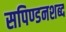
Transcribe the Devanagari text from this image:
सपिण्डनशब्द